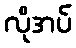
လိုအပ်